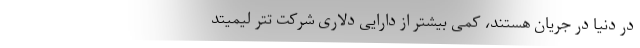
در دنیا در جریان هستند، کمی بیشتر از دارایی دلاری شرکت تتر لیمیتد